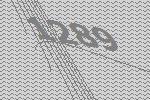
1289